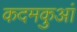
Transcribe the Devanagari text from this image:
कदमकुआं